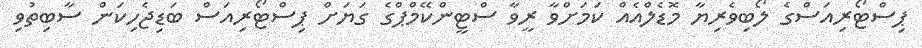
ޕިސްޓޯރިއަސްގެ ލޯބިވެރިޔާ މޮޑެލްއެއް ކަމަށްވާ ރީވާ ސްޓީންކޭމްޕްގެ ގަޔަށް ޕިސްޓޯރިއަސް ބަޑިޖެހިކަން ސާބިތުވި